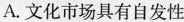
A.文化市场具有自发性